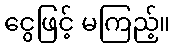
ငွေဖြင့် မကြည့်။